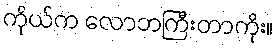
ကိုယ်က လောဘကြီးတာကိုး။